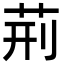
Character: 荊